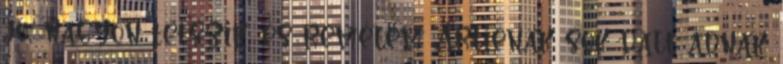
jó, nagyon tetszik, és remélem Artienak sok dalt adnak